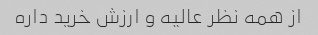
از همه نظر عالیه و ارزش خرید داره